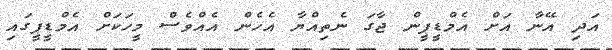
އަދި އޭނާ އަށް އެމްޑީޕީން ޖާގަ ނެތިއްޔާ އެހެން އެއްވެސް މީހަކަށް އެމްޑީޕީގައި